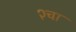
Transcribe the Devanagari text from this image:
२चा